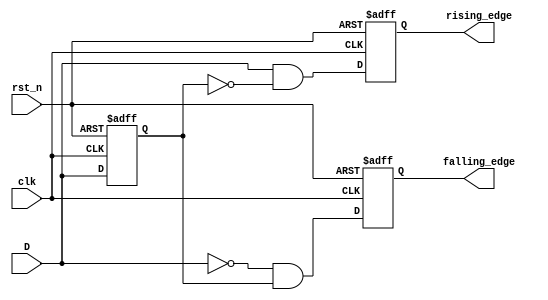
module edge_detector (
    input wire clk,          // Clock signal
    input wire rst_n,       // Active low reset
    input wire D,           // Input signal
    output reg rising_edge,  // Output for rising edge detection
    output reg falling_edge  // Output for falling edge detection
);

    // Internal register to hold the previous state of the input signal
    reg prev_state;

    // Always block to handle edge detection and state updating
    always @(posedge clk or negedge rst_n) begin
        if (!rst_n) begin
            // On reset, initialize the previous state and outputs
            prev_state <= 1'b0; 
            rising_edge <= 1'b0;
            falling_edge <= 1'b0;
        end else begin
            // Edge detection logic
            rising_edge <= (D == 1'b1) && (prev_state == 1'b0);  // Rising edge detected
            falling_edge <= (D == 1'b0) && (prev_state == 1'b1); // Falling edge detected
            
            // Update the previous state with the current input signal
            prev_state <= D;
        end
    end

endmodule